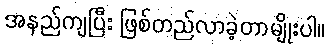
အနည်ကျပြီး ဖြစ်တည်လာခဲ့တာမျိုးပါ။